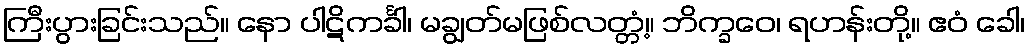
ကြီးပွားခြင်းသည်။ နော ပါဋိကင်္ခါ၊ မချွတ်မဖြစ်လတ္တံ့။ ဘိက္ခဝေ၊ ရဟန်းတို့။ ဧဝံ ခေါ၊